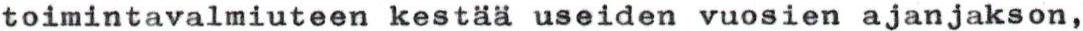
toimintavalmiuteen kestää useiden vuosien ajanjakson,